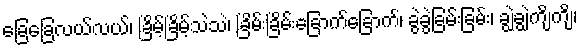
ခြေခြေလယ်လယ်၊ ခြိမ့်ခြိမ့်သဲသဲ၊ ခြိမ်းခြိမ်းခြောက်ခြောက်၊ ခွဲခွဲခြမ်းခြမ်း၊ ချွဲချွဲကျိကျိ၊